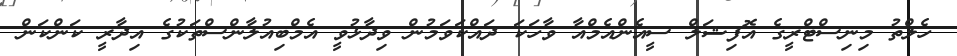
ހެލްތު މިނިސްޓްރީގެ އޮފިޝަލް ސީއެންއެމްއާ ވާހަކަ ދައްކަވަމުން ވިދާޅުވީ އެމްބިއުލާންސްތަކުގެ އިދާރީ ކަންކަން